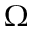
\Omega